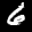
Label: 6